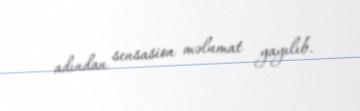
adından sensasion məlumat yayılıb.